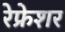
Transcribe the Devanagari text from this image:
रेफ्रेशर